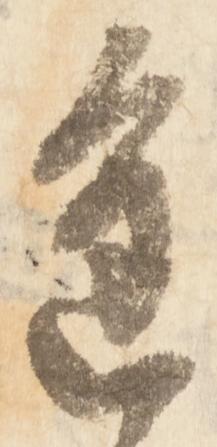
進